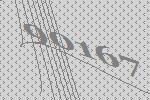
90167